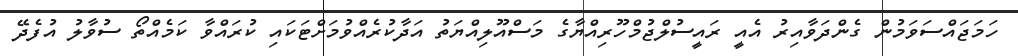
ހަމަޖައްސަވަމުން ގެންދަވާއިރު އެއީ ރައީސުލްޖުމްހޫރިއްޔާގެ މަސްއޫލިއްޔަތު އަދާކުރެއްވުމަށްޓަކައި ކުރައްވާ ކަމެއްތޯ ސުވާލު އުފެދޭ